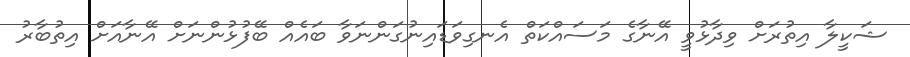
ޝަކީލާ އިތުރަށް ވިދާޅުވީ އޭނާގެ މަސައްކަތް އެނގިވަޑައިނުގަންނަވާ ބައެއް ބޭފުޅުންނަށް އޭނާއަށް އިތުބާރު